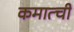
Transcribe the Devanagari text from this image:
कमात्ची